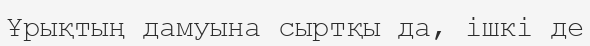
Ұрықтың дамуына сыртқы да, ішкі де